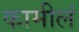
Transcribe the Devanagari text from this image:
कामीलं